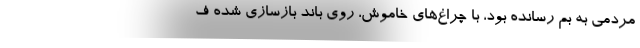
مردمي به بم رسانده بود، با چراغ‌هاي خاموش، روي باند بازسازي شده ف